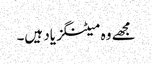
مجھے وہ میٹنگز یاد ہیں۔